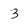
Character: 3